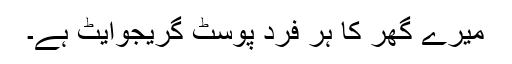
میرے گھر کا ہر فرد پوسٹ گریجوایٹ ہے۔